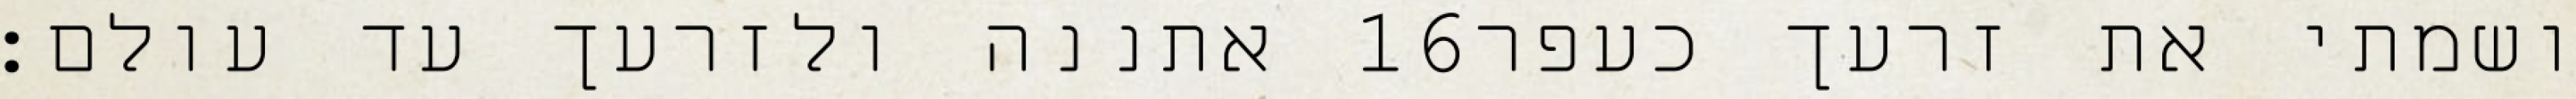
אתננה ולזרעך עד עולם׃ ‎16‏ ושמתי את זרעך כעפר